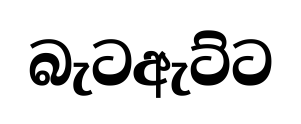
බැටඇට්ට